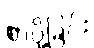
စာပို့ခြင်း